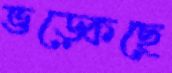
ভড়্‌কেছে